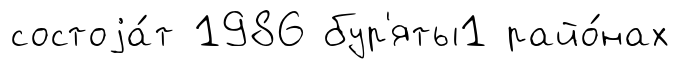
состоjа́т 1986 бур'яты1 райо́нах